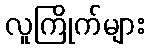
လူကြိုက်များ